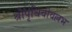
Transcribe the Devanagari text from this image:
श्रीपृथिवीवल्लभ